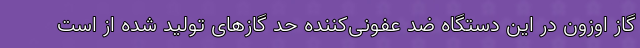
گاز اوزون در این دستگاه ضد عفونی‌کننده حد گازهای تولید شده از است